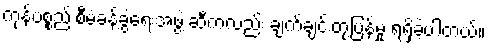
ကုန်ပစ္စည်းစီမံခန့်ခွဲရေးအဖွဲ့ ဆီကလည်း ချက်ချင်းတုံ့ပြန်မှု ရရှိခဲ့ပါတယ်။